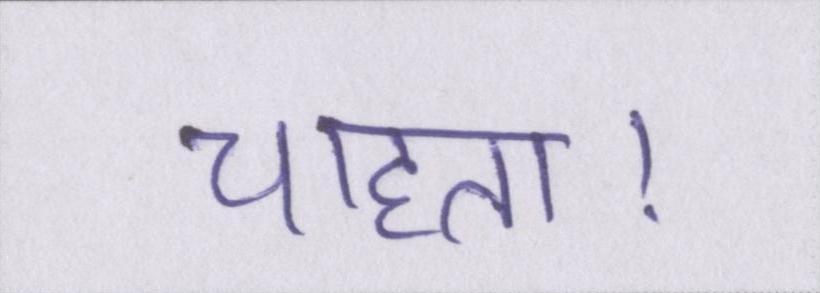
चाहता।